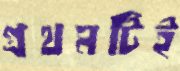
প্রথমটিই